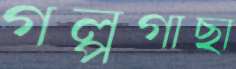
গল্পগাছা